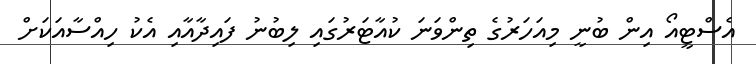
އެސްޓީއޯ އިން ބުނީ މިއަހަރުގެ ތިންވަަނަ ކުއާޓަރުގައި ލިބުނު ފައިދާއާއި އެކު ހިއްސާއަކަށް